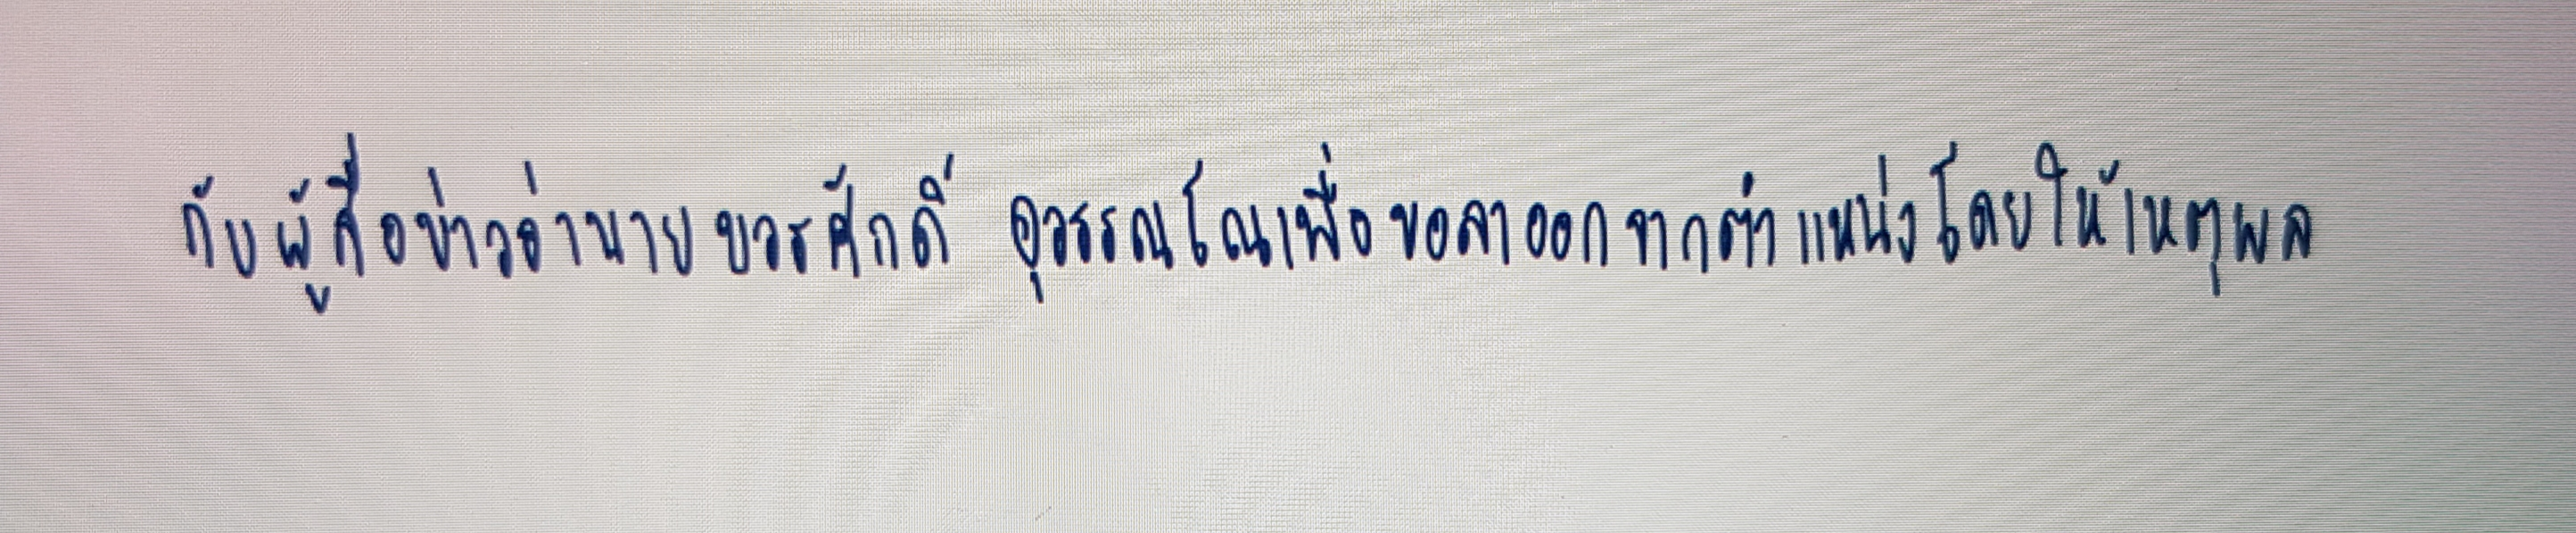
กับผู้สื่อข่าวว่านายบวรศักดิ์ อุวรรณโณเพื่อขอลาออกจากตำแหน่งโดยให้เหตุผล